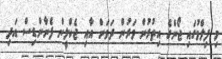
މި ފިލްމުގައި ޖޯންގެ އިތުރުން ވަރުން ދަވަން އާއި ޖެކްލީން ފެނާންޑިސް އަދި